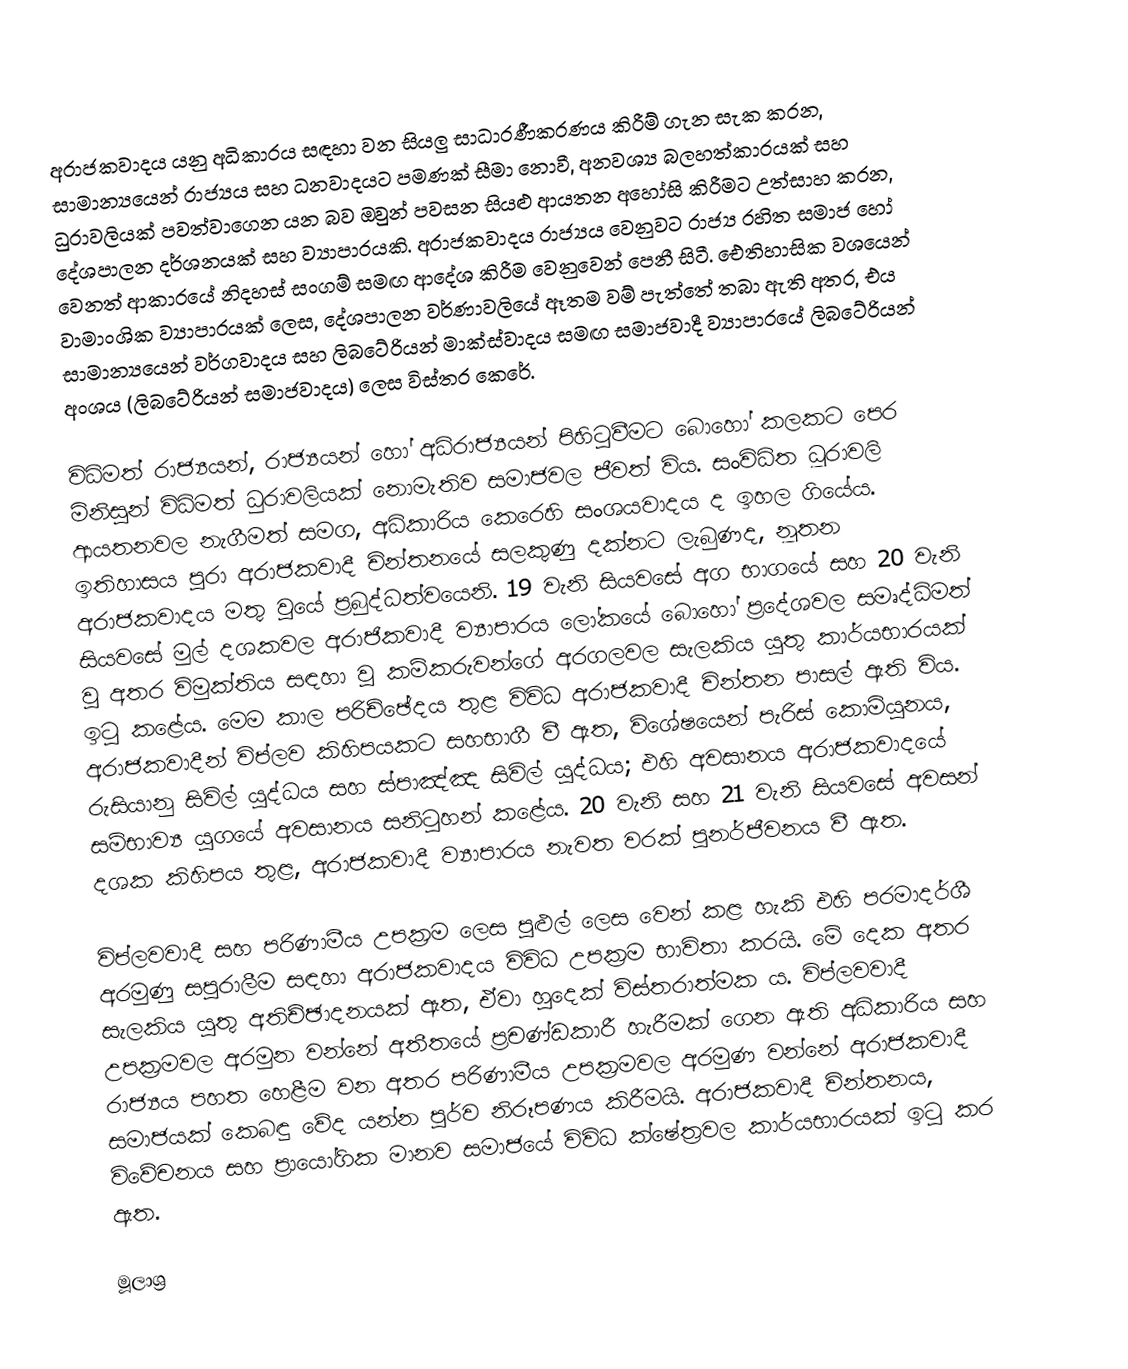
අරාජකවාදය යනු අධිකාරය සඳහා වන සියලු සාධාරණීකරණය කිරීම් ගැන සැක කරන, සාමාන්‍යයෙන් රාජ්‍යය සහ ධනවාදයට පමණක් සීමා නොවී, අනවශ්‍ය බලහත්කාරයක් සහ ධුරාවලියක් පවත්වාගෙන යන බව ඔවුන් පවසන සියළු ආයතන අහෝසි කිරීමට උත්සාහ කරන, දේශපාලන දර්ශනයක් සහ ව්‍යාපාරයකි. අරාජකවාදය රාජ්‍යය වෙනුවට රාජ්‍ය රහිත සමාජ හෝ වෙනත් ආකාරයේ නිදහස් සංගම් සමඟ ආදේශ කිරීම වෙනුවෙන් පෙනී සිටී. ඓතිහාසික වශයෙන් වාමාංශික ව්‍යාපාරයක් ලෙස, දේශපාලන වර්ණාවලියේ ඈතම වම් පැත්තේ තබා ඇති අතර, එය සාමාන්‍යයෙන් වර්ගවාදය සහ ලිබටේරියන්  මාක්ස්වාදය සමඟ සමාජවාදී ව්‍යාපාරයේ ලිබටේරියන් අංශය (ලිබටේරියන් සමාජවාදය) ලෙස විස්තර කෙරේ.

විධිමත් රාජ්‍යයන්, රාජ්‍යයන් හෝ අධිරාජ්‍යයන් පිහිටුවීමට බොහෝ කලකට පෙර මිනිසුන් විධිමත් ධුරාවලියක් නොමැතිව සමාජවල ජීවත් විය. සංවිධිත ධූරාවලි ආයතනවල නැගීමත් සමග, අධිකාරිය කෙරෙහි සංශයවාදය ද ඉහල ගියේය. ඉතිහාසය පුරා අරාජකවාදී චින්තනයේ සලකුණු දක්නට ලැබුණද, නූතන අරාජකවාදය මතු වූයේ ප්‍රබුද්ධත්වයෙනි. 19 වැනි සියවසේ අග භාගයේ සහ 20 වැනි සියවසේ මුල් දශකවල අරාජිකවාදී ව්‍යාපාරය ලෝකයේ බොහෝ ප්‍රදේශවල සමෘද්ධිමත් වූ අතර විමුක්තිය සඳහා වූ කම්කරුවන්ගේ අරගලවල සැලකිය යුතු කාර්යභාරයක් ඉටු කළේය. මෙම කාල පරිච්ඡේදය තුළ විවිධ අරාජකවාදී චින්තන පාසල් ඇති විය. අරාජකවාදීන් විප්ලව කිහිපයකට සහභාගී වී ඇත, විශේෂයෙන් පැරිස් කොමියුනය, රුසියානු සිවිල් යුද්ධය සහ ස්පාඤ්ඤ සිවිල් යුද්ධය; එහි අවසානය අරාජකවාදයේ සම්භාව්‍ය යුගයේ අවසානය සනිටුහන් කළේය. 20 වැනි සහ 21 වැනි සියවසේ අවසන් දශක කිහිපය තුළ, අරාජකවාදී ව්‍යාපාරය නැවත වරක් පුනර්ජීවනය වී ඇත.

විප්ලවවාදී සහ පරිණාමීය උපක්‍රම ලෙස පුළුල් ලෙස වෙන් කළ හැකි එහි පරමාදර්ශී අරමුණු සපුරාලීම සඳහා අරාජකවාදය විවිධ උපක්‍රම භාවිතා කරයි. මේ දෙක අතර සැලකිය යුතු අතිච්ඡාදනයක් ඇත, ඒවා හුදෙක් විස්තරාත්මක ය. විප්ලවවාදී උපක්‍රමවල අරමුන වන්නේ අතීතයේ ප්‍රචණ්ඩකාරී හැරීමක් ගෙන ඇති අධිකාරිය සහ රාජ්‍යය පහත හෙළීම වන අතර පරිණාමීය උපක්‍රමවල අරමුණ වන්නේ අරාජකවාදී සමාජයක් කෙබඳු වේද යන්න පූර්ව නිරූපණය කිරීමයි. අරාජකවාදී චින්තනය, විවේචනය සහ ප්‍රායෝගික මානව සමාජයේ විවිධ ක්ෂේත්‍රවල කාර්යභාරයක් ඉටු කර ඇත.

මූලාශ්‍ර